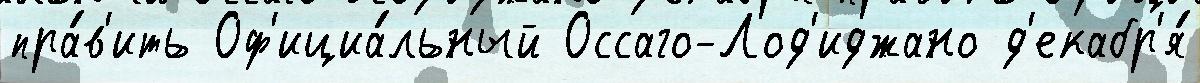
пра́в'ить Оф'ициа́льный Оссаго-Лод'иджано д'екабр'я́